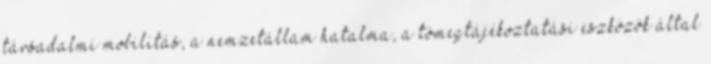
társadalmi mobilitás, a nemzetállam hatalma, a tömegtájékoztatási eszközök által